Leaving Certificate, 1897
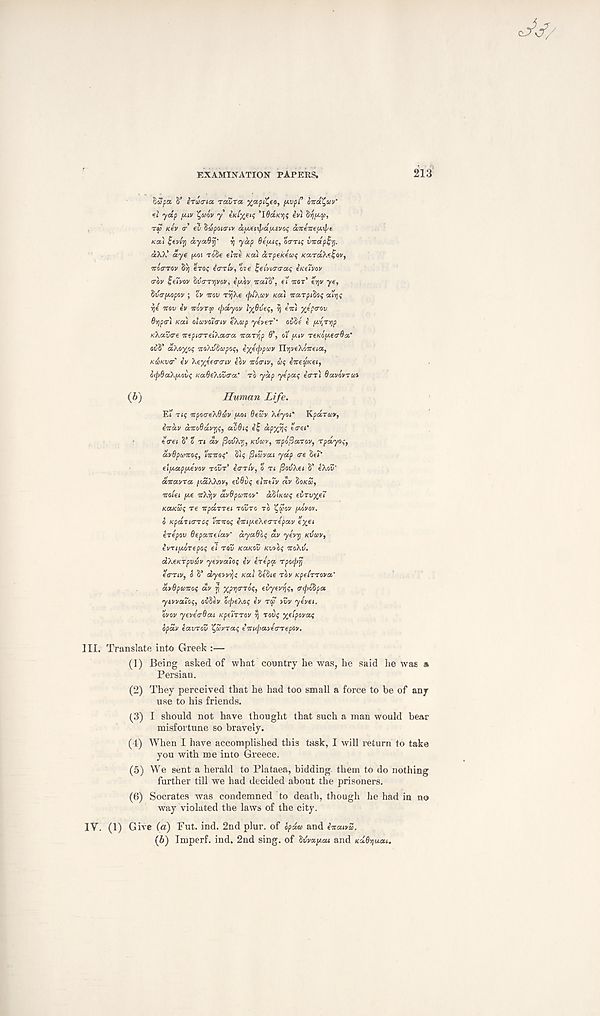
EXAMINATION PAPERS.
213
fiapa 8* iraicria TOUT a y/npi^eo, fAvp" OTCO^UV'
*1 yap IMV ^aov y turrit; ’I6d/<rjs in dyp*.a,
T« /eey <r’ eu StSpoitriv dy.fixpdy.svoi
KU) fey/jj dyaBrj' y yap Oeyuf,
vicdp^.
aX/' dye (Mi ro'Se elite KOU drpeKea^ KaraAf^ov,
itocrrov 8')j ero? ecrr/y, ore Hemanraf tKtivov
(roy ietyoy Sva-rijynv, ey.ov neuo\ ei WOT’ trjv ye,
Wa-yopov ; E'y irov rij'Ae ifit'Aay KCU itarpibiq aiij;
y]e itav ev it Lyra tjjdyov lyfive/;, i\ eiii fteptrov
6’fjpcr'i Ka) oluvoitTiv e'Avp yeyer' ovtie e yi^iip
KXavtre itepia-TelXatra itaiyp 6', ot u-iv reKoyea-Oa'
o88’ aAO%o; ito\lS§apo$, iye ( \ , ?'- cv Ylr^eXoiteia,
K&Kvar' ev Ae%*f(7<riv eov itomv, dq iitedsKei,
otpBaAyovq Ka6e\ov<ra' TO yap yepaq ecrri BavovTat
(5)
Human Life.
Ei riq itpoo-eXBt&v yoi BeSv Aeyot' KpaTtav,
eitdv ditoBdviiq, avBtq ef dpxyq t<rei*
e <rei 8’ o n ay (JOVAIJ, KVUV, irpofiaTOV, rpdyoq,
avBpuntoq, Yititoq’ Si? fitZvai yap tre SeP
ely.apy.eyov TOUT' eo-r/y, o TI fiov'Aet 8’ e'Aou'
ditavra yd’A'Aov, eiBvq elittiy av IOKZ,
it ole i ye it'ki]v avBpuitov' dljtKoiq evrv^et
Kai<3q re itpanei TOVTO TO ^SOV yovov.
o KpdntTicq Yititoq eitiye\e<TTepav e%et
erepov Bepaitelav' dyaBoq av yevi] KVOIV,
ivtiyoTepoq el TQV Kaicov Kvvcq ito'Av.
aAeKipvmv yevvaioq ev eitpot rpo^rj
etrny, o 8’ dyevvijq Kal 8e8ie Toy KpelrTova'
dvBpuitoq dv rj xpijCToq, evyevyq, <r<podpa
ycvvatoq, ov8ey otfie’Aoq ev TCC VVV yevei.
ovov yeve'trBai KpeiTrov ij rovq xetpovaq
opdv eavrov Yfiovraq eititpaveo-Tepov.
III. Translate into Greek :—
(1) Being asked of what country he was, he said he was a
Persian.
(2) They perceived that he had too small a force to be of any
use to his friends.
(3) I should not have thought that such a man would bear
misfortune so bravely.
(4) When I have accomplished this task, I will return to take
you with me into Greece.
(5) We sent a herald to Plataea, bidding them to do nothing
further till we had decided about the prisoners.
(6) Socrates was condemned to death, though he had in no
way violated the laws of the city.
IV. (1) Give (a) Put. ind. 2nd plur. of opda and iitaiva.
(b) Imperf. ind. 2nd sing, of Uvayat and Kadyuat.